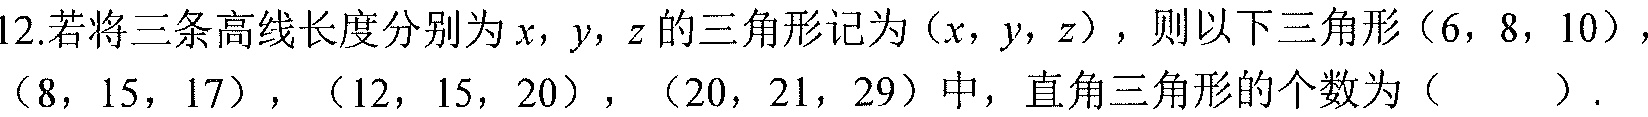
12.若将三条高线长度分别为\(x,y,z\)的三角形记为\((x,y,z)\)，则以下三角形\((6,8,10)\)，\((8,15,17)\)，\((12,15,20)\)，\((20,21,29)\)中，直角三角形的个数为（  ）.